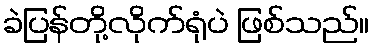
ခဲပြန်တို့လိုက်ရုံပဲ ဖြစ်သည်။